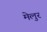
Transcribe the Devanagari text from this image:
मेलुर